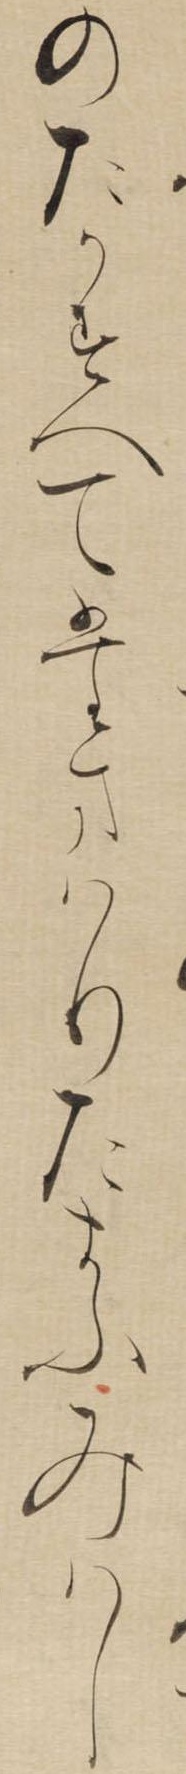
のたかすへてたまはりたまふみはし